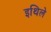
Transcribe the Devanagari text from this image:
इथिले